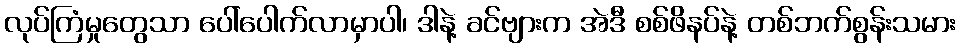
လုပ်ကြံမှုတွေသာ ပေါ်ပေါက်လာမှာပါ၊ ဒါနဲ့ ခင်ဗျားက အဲဒီ စစ်ဖိနပ်နဲ့ တစ်ဘက်စွန်းသမား